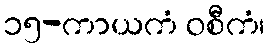
၁၅-ကာယကံ ဝစီကံ၊